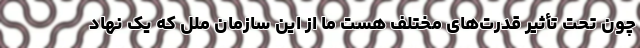
چون تحت تأثیر قدرت‌های مختلف هست ما از این سازمان ملل که یک نهاد